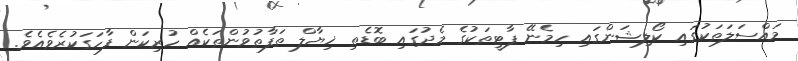
މައްސަލަތަކުގައި ކޯލިޝަންގައި ހިމެނޭ ޕާޓީތަކުގެ މެދުގައި ބޮޑެތި ޚިޔާލް ތަފާތުވުންތަކެއް ހުރިކަން ފާހަގަކުރެވެއެވެ.